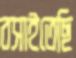
বসাইতেছি